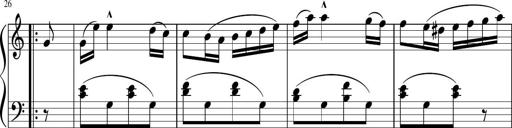
Title: 3 Sonatinen
Composer: Heinrich Lichner